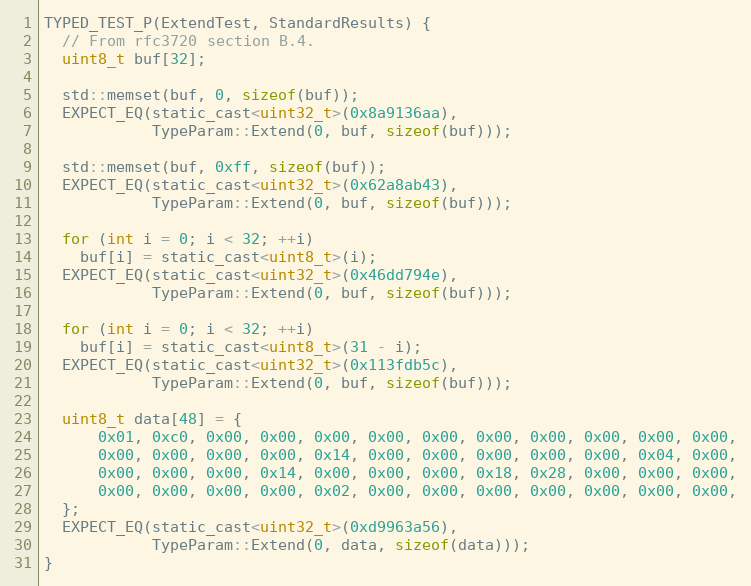
Language: C
TYPED_TEST_P(ExtendTest, StandardResults) {
  // From rfc3720 section B.4.
  uint8_t buf[32];

  std::memset(buf, 0, sizeof(buf));
  EXPECT_EQ(static_cast<uint32_t>(0x8a9136aa),
            TypeParam::Extend(0, buf, sizeof(buf)));

  std::memset(buf, 0xff, sizeof(buf));
  EXPECT_EQ(static_cast<uint32_t>(0x62a8ab43),
            TypeParam::Extend(0, buf, sizeof(buf)));

  for (int i = 0; i < 32; ++i)
    buf[i] = static_cast<uint8_t>(i);
  EXPECT_EQ(static_cast<uint32_t>(0x46dd794e),
            TypeParam::Extend(0, buf, sizeof(buf)));

  for (int i = 0; i < 32; ++i)
    buf[i] = static_cast<uint8_t>(31 - i);
  EXPECT_EQ(static_cast<uint32_t>(0x113fdb5c),
            TypeParam::Extend(0, buf, sizeof(buf)));

  uint8_t data[48] = {
      0x01, 0xc0, 0x00, 0x00, 0x00, 0x00, 0x00, 0x00, 0x00, 0x00, 0x00, 0x00,
      0x00, 0x00, 0x00, 0x00, 0x14, 0x00, 0x00, 0x00, 0x00, 0x00, 0x04, 0x00,
      0x00, 0x00, 0x00, 0x14, 0x00, 0x00, 0x00, 0x18, 0x28, 0x00, 0x00, 0x00,
      0x00, 0x00, 0x00, 0x00, 0x02, 0x00, 0x00, 0x00, 0x00, 0x00, 0x00, 0x00,
  };
  EXPECT_EQ(static_cast<uint32_t>(0xd9963a56),
            TypeParam::Extend(0, data, sizeof(data)));
}